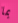
بما